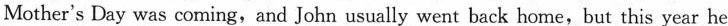
Mother's Day was coming, and John usually went back home,but this year he